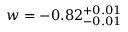
w = - 0 . 8 2 _ { - 0 . 0 1 } ^ { + 0 . 0 1 }